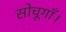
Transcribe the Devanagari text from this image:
सोचूगाँ।